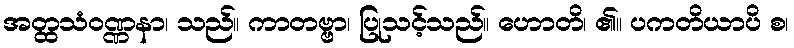
အတ္ထသံဝဏ္ဏနာ၊ သည်။ ကာတဗ္ဗာ၊ ပြုသင့်သည်။ ဟောတိ၊ ၏။ ပကတိယာပိ စ၊